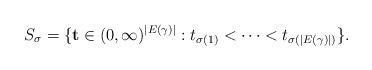
LaTeX: \begin{align*} S_\sigma = \{\mathbf{t} \in (0, \infty)^{|E(\gamma)|} : t_{\sigma(1)} < \dots < t_{\sigma(|E(\gamma)|)}\}.\end{align*}